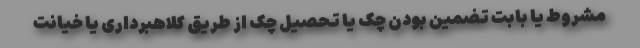
مشروط یا بابت تضمین بودن چک یا تحصیل چک از طریق کلاهبرداری یا خیانت